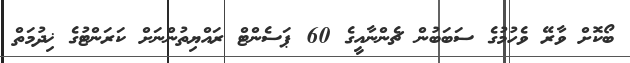
ބޯކޮށް ވާރޭ ވެހުމުގެ ސަބަބުން ޗެންނާއީގެ 60 ޕަސެންޓް ރައްޔިތުންނަށް ކަރަންޓުގެ ޚިދުމަތް